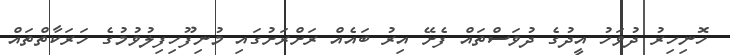
ހޮނިހިރު ދުވަހު އީދުގެ ދުވަސްތައް ފެށޭ އިރު ބައެއް ރަށްރަށުގައި މުނިފޫހިފިލުވުމުގެ ހަރަކާތްތައް